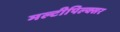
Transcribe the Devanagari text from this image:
मल्टीपिल्क्सर